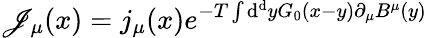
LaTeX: \mathscr{J}_{\mu}(x)=j_{\mu}(x)e^{-T\int\mathrm{{d}}^{\mathrm{{d}}}yG_{0}(x-y)\partial_{\mu}B^{\mu}(y)}